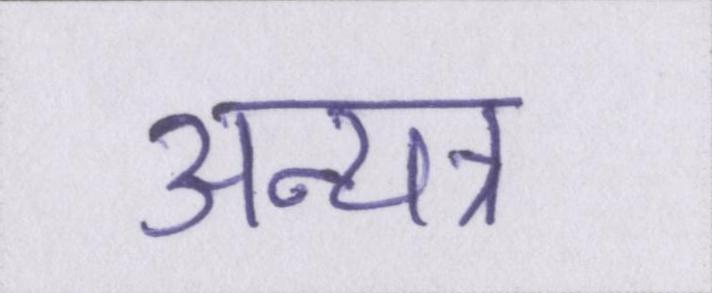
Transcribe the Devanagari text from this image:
अन्यत्र